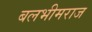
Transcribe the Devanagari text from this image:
बलभीमराज